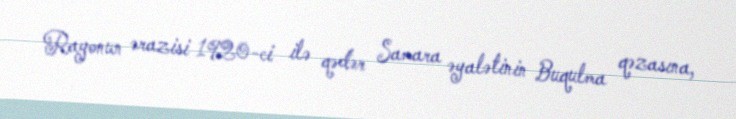
Rayonun ərazisi 1920-ci ilə qədər Samara əyalətinin Buqulma qəzasına,